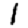
Digit: 1